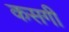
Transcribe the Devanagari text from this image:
कसगी